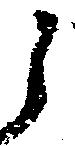
之